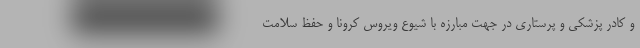
و کادر پزشکی و پرستاری در جهت مبارزه با شیوع ویروس کرونا و حفظ سلامت